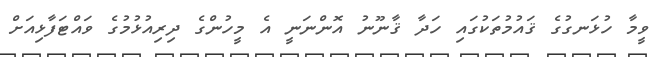
ވީމާ ހުޅަނގުގެ ޤައުމުތަކުގައި ހަދާ ޤާނޫނު އޮންނަނީ އެ މީހުންގެ ދިރިއުޅުމުގެ ވައްޓަފާޅިއަށް